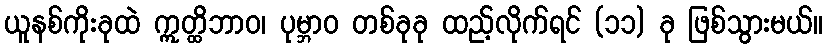
ယူနစ်ကိုးခုထဲ ဣတ္ထိဘာဝ၊ ပုမ္ဘာဝ တစ်ခုခု ထည့်လိုက်ရင် (၁၁) ခု ဖြစ်သွားမယ်။